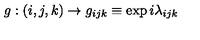
g : ( i , j , k ) \rightarrow g _ { i j k } \equiv \exp { i \lambda _ { i j k } }